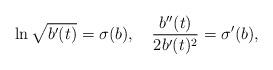
LaTeX: \begin{align*}\ln \sqrt{b'(t)}=\sigma(b),~~~\frac{b''(t)}{2b'(t)^2}=\sigma'(b),\end{align*}